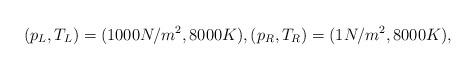
LaTeX: \begin{align*} (p_L, T_L)=(1000 N/m^2, 8000K), (p_R, T_R)=(1 N/m^2, 8000K),\end{align*}